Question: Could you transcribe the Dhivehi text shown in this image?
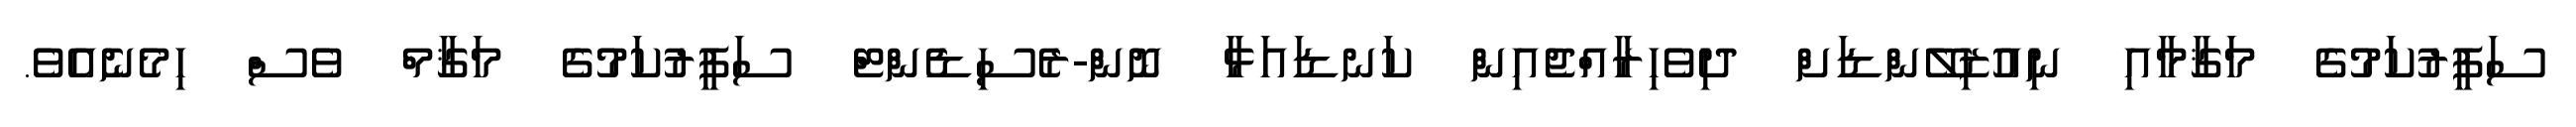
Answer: ސަފީރުކަމުގެ މަޤާމާއި ނިއުޒިލޭންޑަށް ދިވެހިރާއްޖެއިން ކަނޑައަޅާ ނޮން-ރެސިޑެންޓް ސަފީރުކަމުގެ މަޤާމް ވެސް ހިމެނެއެވެ.